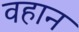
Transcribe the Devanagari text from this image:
वहान